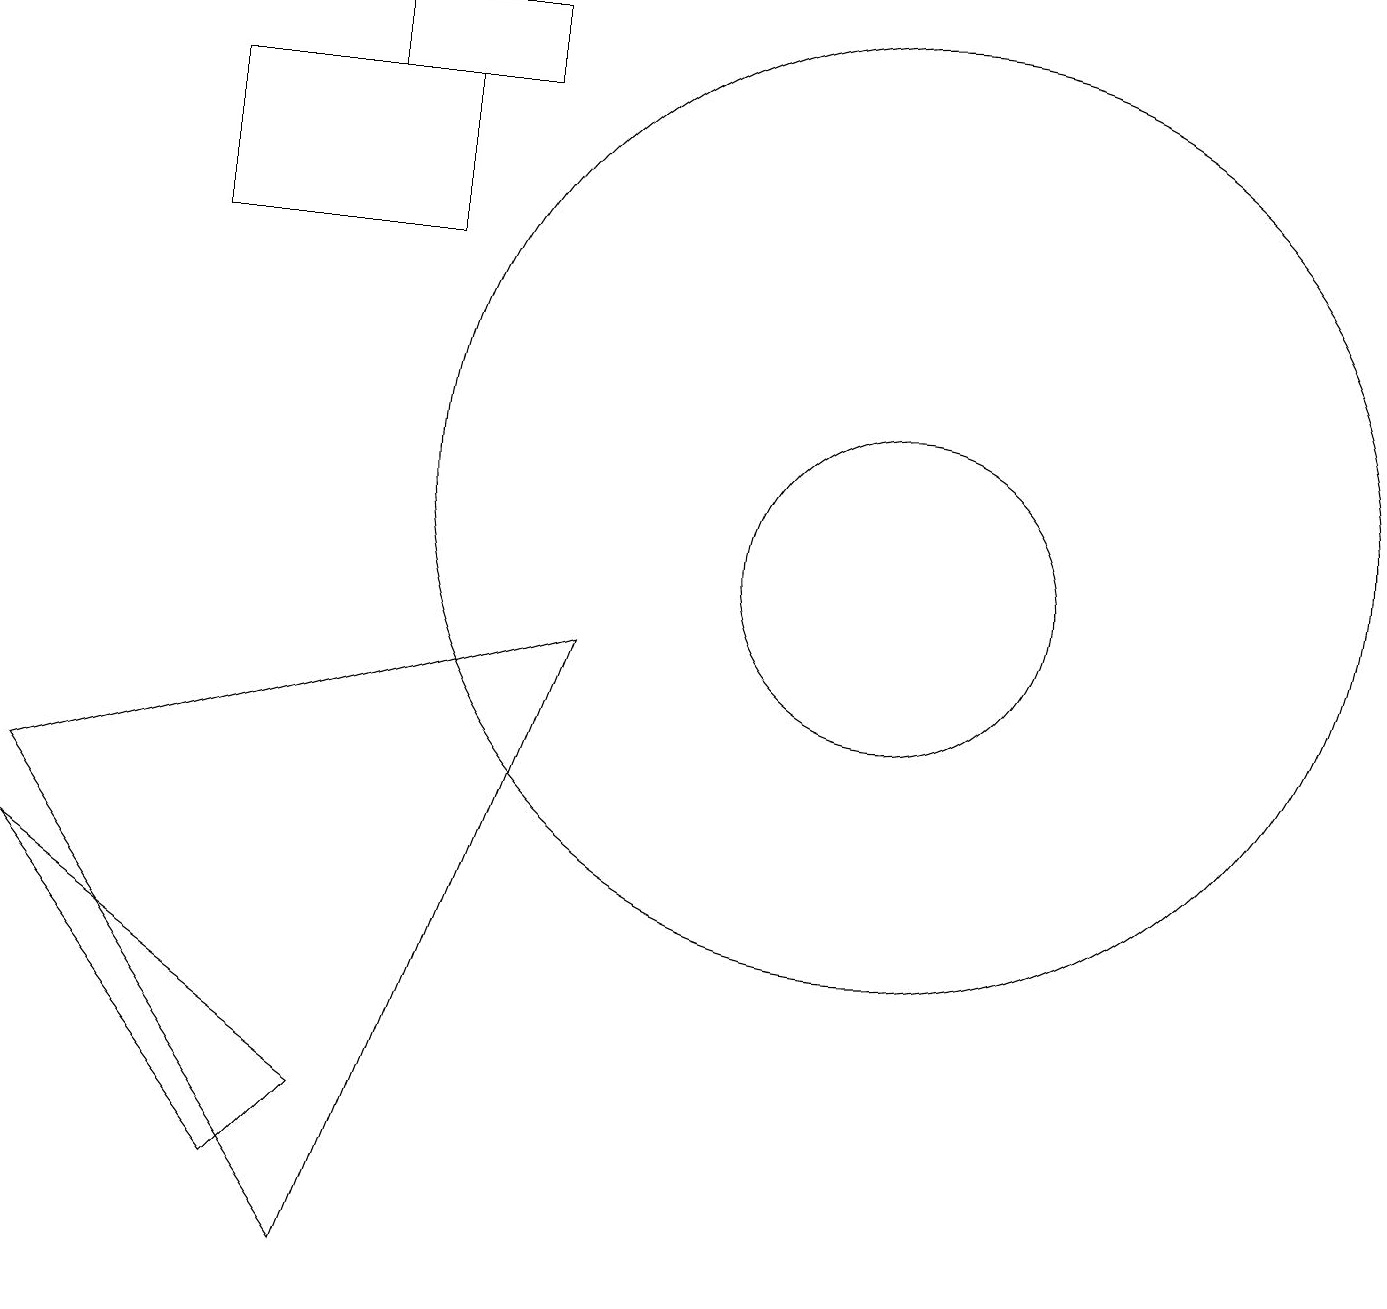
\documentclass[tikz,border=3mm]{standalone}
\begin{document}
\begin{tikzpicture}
\draw (4,17) rectangle (6,16);
\draw (11,10) circle (2);
\draw (0,6) -- (3,2) -- (4,3) -- cycle;
\draw (7,9) -- (0,7) -- (4,1) -- cycle;
\draw (5,14) rectangle (2,16);
\draw (11,11) circle (6);
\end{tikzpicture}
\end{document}